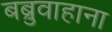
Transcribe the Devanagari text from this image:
बब्रुवाहाना